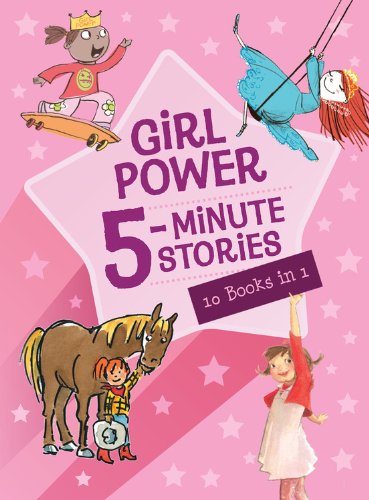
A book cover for Girl Power 5-Minute Stories; Houghton Mifflin Harcourt; Children's Books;